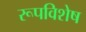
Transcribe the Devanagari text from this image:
रूपविशेष